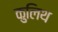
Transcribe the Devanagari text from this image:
कुलिथ